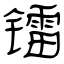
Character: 镭